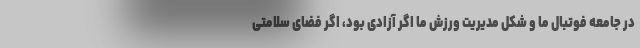
در جامعه فوتبال ما و شکل مدیریت ورزش ما اگر آزادی بود، اگر فضای سلامتی